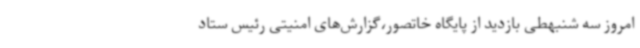
امروز سه شنبهطی بازدید از پایگاه خاتصور،گزارش‌های امنیتی رئیس ستاد